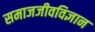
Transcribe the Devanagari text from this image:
समाजजीवविज्ञान